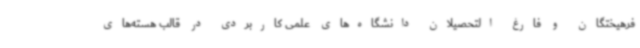
فرهیختگان و فارغ التحصیلان دانشگاه‌های علمی کاربردی در قالب هسته‌های